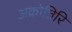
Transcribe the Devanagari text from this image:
अक्रोतिरि